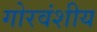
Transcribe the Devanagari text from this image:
गोरवंशीय